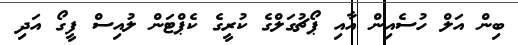
ބިން އަލް ހުސެއިން އާއި ޕޯޗުގަލްގެ ކުރީގެ ކެޕްޓަން ލުއިސް ފީގޯ އަދި